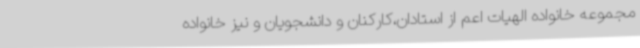
مجموعه خانواده الهیات اعم از استادان،کارکنان و دانشجویان و نیز خانواده